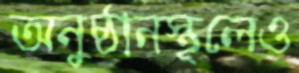
অনুষ্ঠানস্থলেও